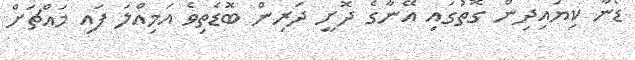
ޑޯނާ ކިޔައިދިން ގޮތުގައި އޭނާގެ ދޮށީ ދަރިން ބޮޑެތިވެ އަމިއްލަ ފައި މައްޗަށް